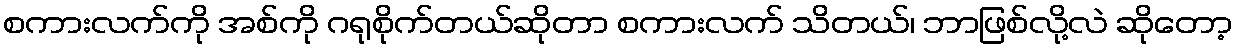
စကားလက်ကို အစ်ကို ဂရုစိုက်တယ်ဆိုတာ စကားလက် သိတယ်၊ ဘာဖြစ်လို့လဲ ဆိုတော့